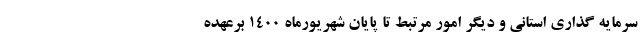
سرمایه گذاری استانی و دیگر امور مرتبط تا پایان شهریورماه ۱۴۰۰ برعهده